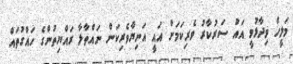
މަލީހް ވިދާޅުވީ އައު ސަރުކާރު ވެރިކަމަށް އައީ އަނިޔާވެރިކަން ނައްތާލާ ރައްޔިތުންގެ ހައްގުތައް